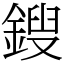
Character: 鎪